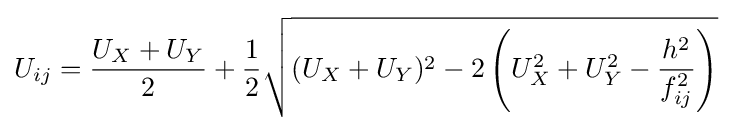
U_{ij}={\frac {U_{X}+U_{Y}}{2}}+{\frac {1}{2}}{\sqrt {(U_{X}+U_{Y})^{2}-2\left(U_{X}^{2}+U_{Y}^{2}-{\frac {h^{2}}{f_{ij}^{2}}}\right)}}